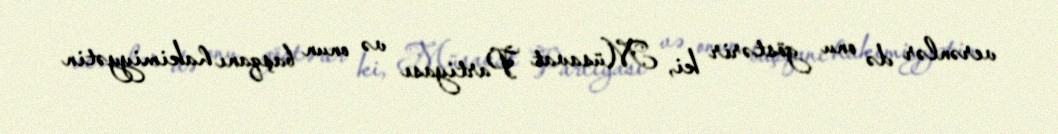
verənlər də onu göstərir ki, Müsavat Partiyası və onun başqanı hakimiyyətin